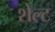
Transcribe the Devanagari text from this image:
शेल्ट